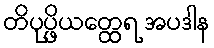
တိပုပ္ဖိယတ္ထေရ အပဒါန